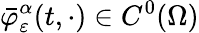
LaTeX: \bar{\varphi}_{\varepsilon}^{\alpha}(t,\cdot)\in C^{0}(\Omega)